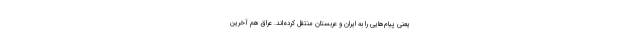
یعنی پیام‌هایی را به ایران و عربستان منتقل کرده‌اند. عراق هم آخرین